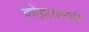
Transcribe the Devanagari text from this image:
कोट्टायमची